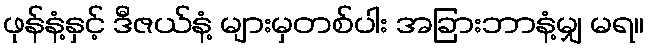
ဖုန်နံ့နှင့် ဒီဇယ်နံ့ များမှတစ်ပါး အခြားဘာနံ့မျှ မရ။